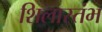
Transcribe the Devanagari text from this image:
शिलास्तंभ